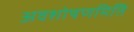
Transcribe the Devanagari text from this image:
अवशोषणमिति